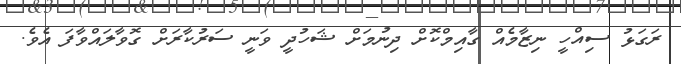
ރަގަޅު ސިއްހީ ނިޒާމެއް ގާއިމްކޮށް ދިނުމަށް ޝަހުދީ ވަނީ ސަރުކާރަށް ގޮވާލައްވާފަ އެވެ.